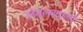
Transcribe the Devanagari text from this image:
लेबलखाली